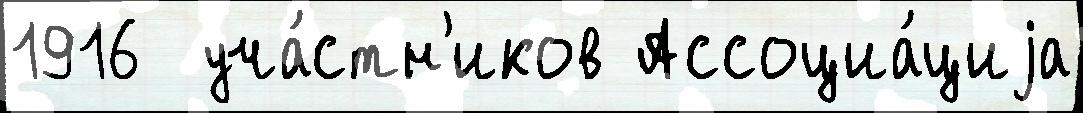
1916  уча́стн'иков Ассоциа́циjа